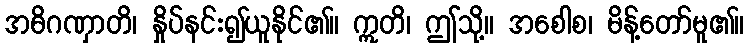
အဓိဂဏှာတိ၊ နှိုပ်နင်း၍ယူနိုင်၏။ ဣတိ၊ ဤသို့။ အစေါစ၊ မိန့်တော်မူ၏။